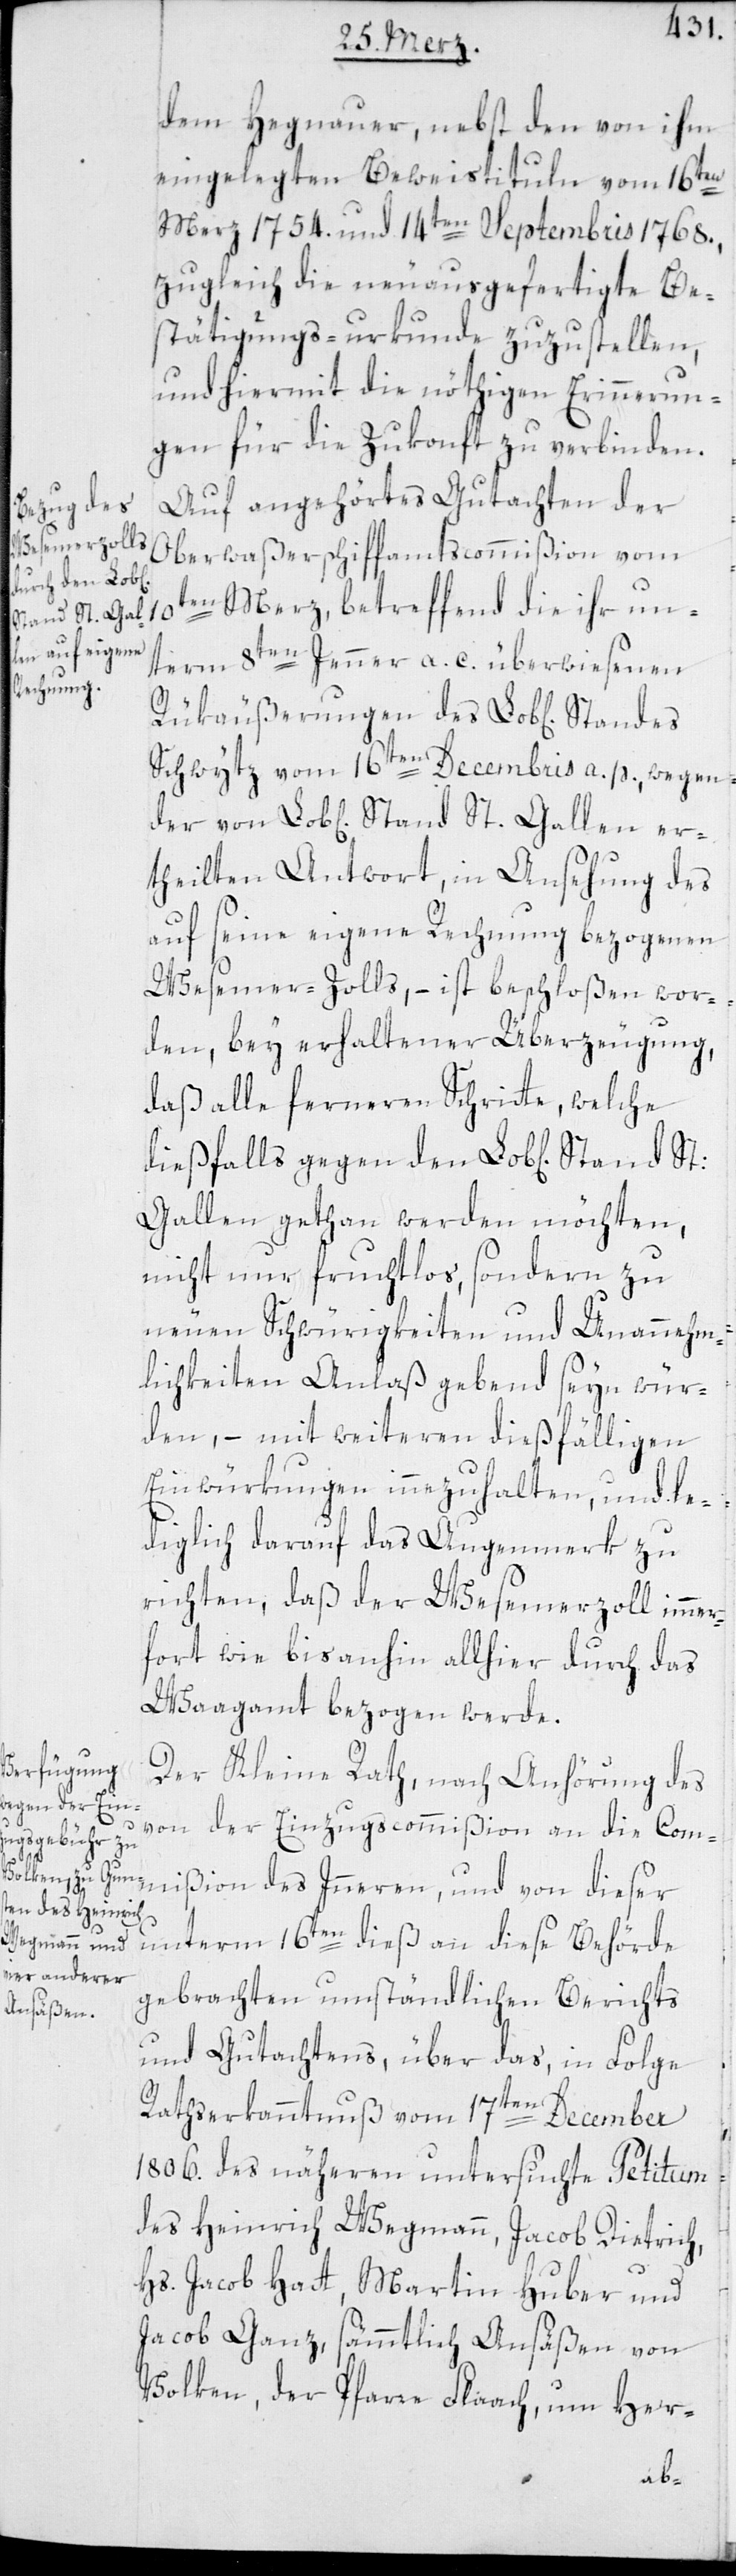
dem Hegnauer, nebst den von ihm
eingelegten Beweistituln vom 16ten
Merz. 1754. und 14ten Septembris 1768.,
zugleich die neuausgefertigte Be¬
stätigungs-urkunde zuzustellen,
und hiermit die nöthigen Erinnerun¬
gen für die Zukunft zu verbinden.
Auf angehörtes Gutachten der
Oberwaßerschiffamtscommißion vom
10ten Merz, betreffend die ihr un¬
tand St. Gal¬
term 8ten Jenner a. c. überwiesenen
Rükäußerungen des Lob[lichen]
Schwytz vom 16ten Decembris a.p., wegen
theilten Antwort, in Ansehung des
auf seine eigene Rechnung bezogenen
Wesemer-Zolls, – ist beschloßen wor¬
den, bey erhaltener Überzeugung,
daß alle ferneren Schritte, welche
diesfalls gegen den Lob[lichen] S¬
len getan werden möchten,
nicht nur fruchtlos sondern zu
neuen Schwürigkeiten und Unannehm¬
lichkeiten Anlaß gebend sein wür¬
den, – mit weiteren dießfälligen
Einwürkungen innezuhalten, und le¬
diglich darauf das Augenmerk zu
richten, daß der Wesemerzoll immer¬
fort wie bis anhin allhier durch das
Waagamt bezogen werde.
Der Kleine Rath, nach Anhörung des
ßion des In¬
von der Einzugscommißion an die Commi¬
nern und
unterm 16ten dieß an diese Behörde
gebrachten umständlichen Berichts
und Gutachtens, über das, in Folge
Rathserkanntnuß vom 17ten December
1806. des näheren untersuchte Petitum
des Heinrich Wegmann, Jacob Dietrich,
Hs. Jacob Hatt, Martin Huber und
Jacob Ganz, sämmtlich Ansäßen von
Volken der Pfarre Flaach, um Her-